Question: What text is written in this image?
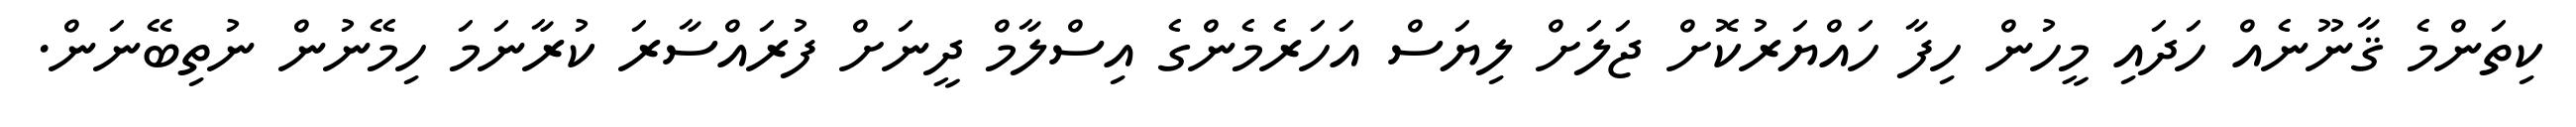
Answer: ކިތަންމެ ޤާނޫނެއް ހަދައި މީހުން ހިފާ ހައްޔަރުކޮށް ޖަލަށް ލިޔަސް އަހަރެމެންގެ އިސްލާމް ދީނަށް ފުރައްސާރަ ކުރާނަމަ ހިމޭނުން ނުތިބޭނަން.